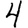
Digit: 4